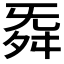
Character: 𮎁